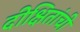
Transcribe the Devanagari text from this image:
दीक्षितांची